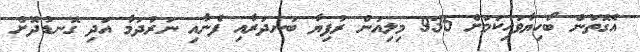
އެގޮތުން ބޯހިޔާވަހިކަމަށް 935 މިލިއަން ރުފިޔާ ބަނދަރާއި ފެނާއި ނަރުދަމާ އަދި ގޮނޑުދޮށް